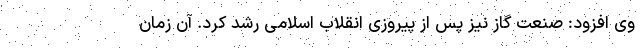
وی افزود: صنعت گاز نیز پس از پیروزی انقلاب اسلامی رشد کرد. آن زمان